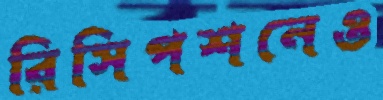
রিসিপশনেও